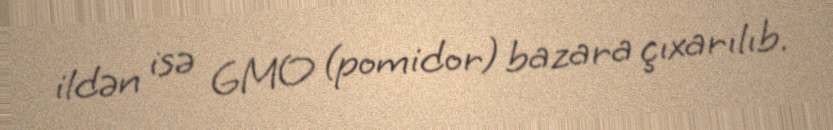
ildən isə GMO (pomidor) bazara çıxarılıb.